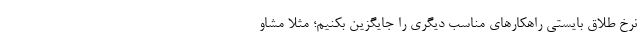
نرخ طلاق بایستی راهکارهای مناسب دیگری را جایگزین بکنیم؛ مثلا مشاو